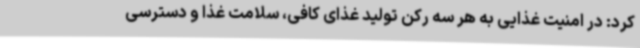
کرد: در امنیت غذایی به هر سه رکن تولید غذای کافی، سلامت غذا و دسترسی